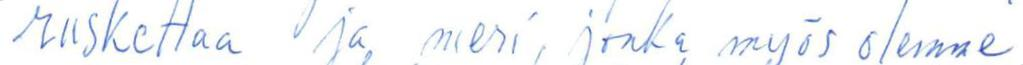
ruskettaa ja meri, jonka myös olemme